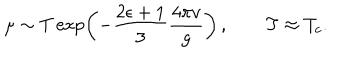
\mu \sim T \exp \left( - \frac { 2 \epsilon + 1 } 3 \frac { 4 \pi v } g \right) \, , \qquad T \approx T _ { c } .